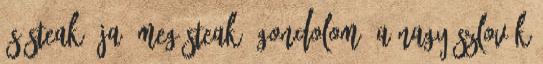
és steak. Ja, meg steak. Gondolom, a nagy szlovák